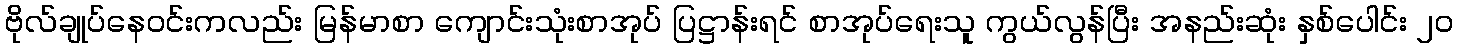
ဗိုလ်ချုပ်နေဝင်းကလည်း မြန်မာစာ ကျောင်းသုံးစာအုပ် ပြဋ္ဌာန်းရင် စာအုပ်ရေးသူ ကွယ်လွန်ပြီး အနည်းဆုံး နှစ်ပေါင်း ၂ဝ